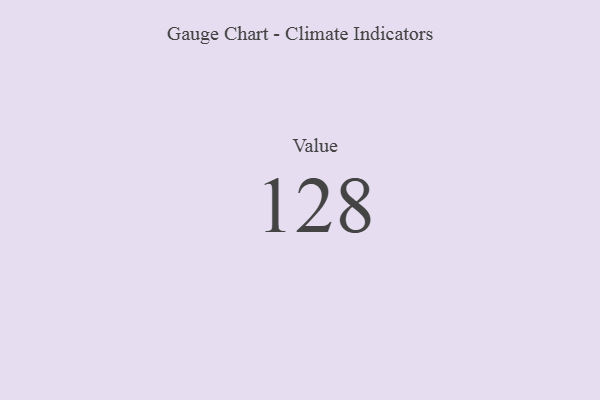
{"axis": {"x": "Metric", "y": "Value"}, "legend": [""], "data": [{"x": "Value", "y": 128, "type": ""}]}